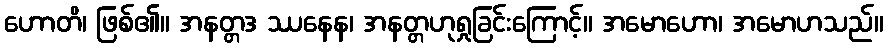
ဟောတိ၊ ဖြစ်၏။ အနတ္တဒ ဿနေန၊ အနတ္တဟုရှုခြင်းကြောင့်။ အမောဟော၊ အမောဟသည်။